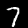
Digit: 7